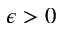
\epsilon > 0